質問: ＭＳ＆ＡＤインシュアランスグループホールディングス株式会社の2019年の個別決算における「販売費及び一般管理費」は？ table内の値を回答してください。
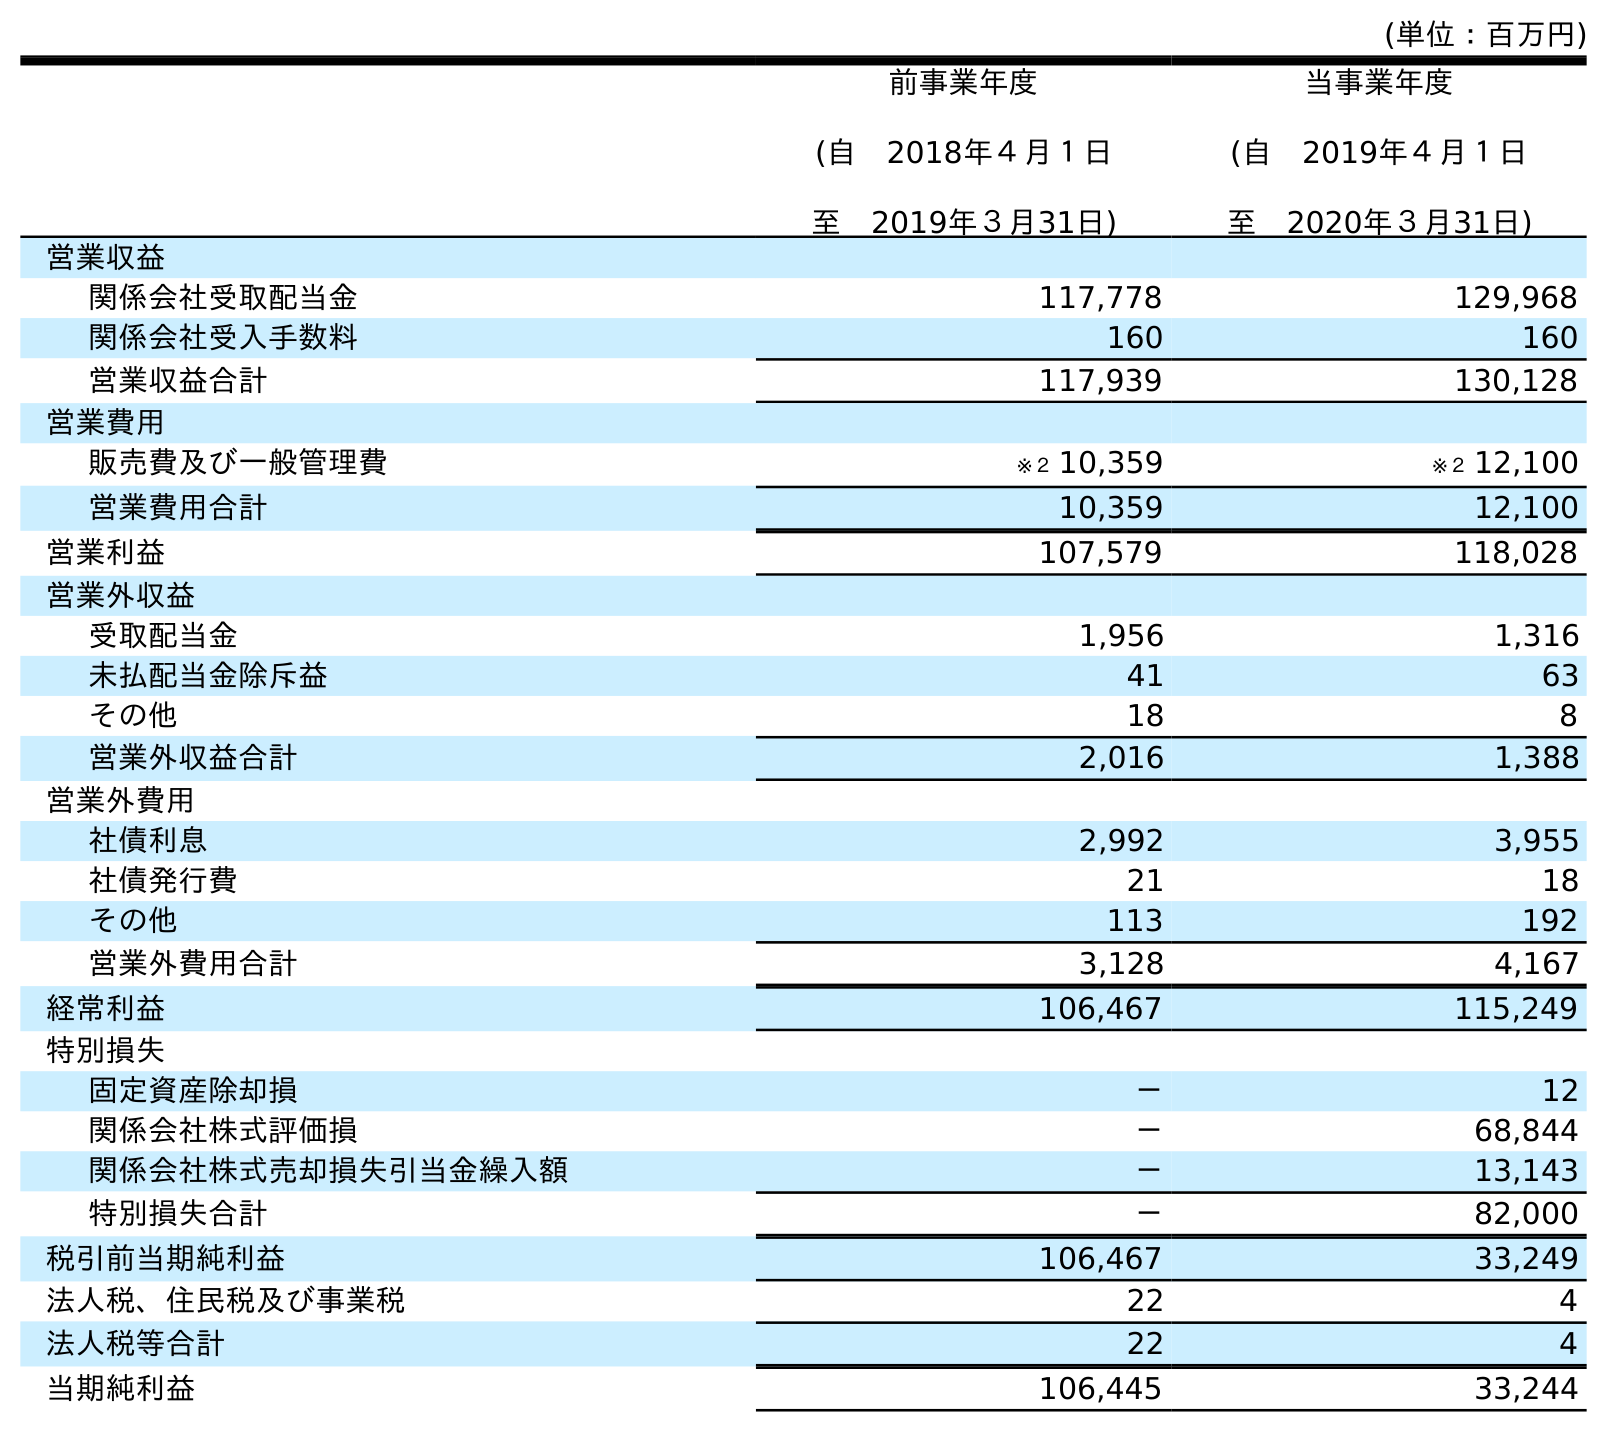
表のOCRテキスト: (単位：百万円) 前事業年度 (自 2018年４月１日 至 2019年３月31日) 当事業年度 (自 2019年４月１日 至 2020年３月31日) 営業収益 関係会社受取配当金 117,778 129,968 関係会社受入手数料 160 160 営業収益合計 117,939 130,128 営業費用 販売費及び一般管理費 ※２ 10,359 ※２ 12,100 営業費用合計 10,359 12,100 営業利益 107,579 118,028 営業外収益 受取配当金 1,956 1,316 未払配当金除斥益 41 63 その他 18 8 営業外収益合計 2,016 1,388 営業外費用 社債利息 2,992 3,955 社債発行費 21 18 その他 113 192 営業外費用合計 3,128 4,167 経常利益 106,467 115,249 特別損失 固定資産除却損 － 12 関係会社株式評価損 － 68,844 関係会社株式売却損失引当金繰入額 － 13,143 特別損失合計 － 82,000 税引前当期純利益 106,467 33,249 法人税、住民税及び事業税 22 4 法人税等合計 22 4 当期純利益 106,445 33,244
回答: ※２10,359